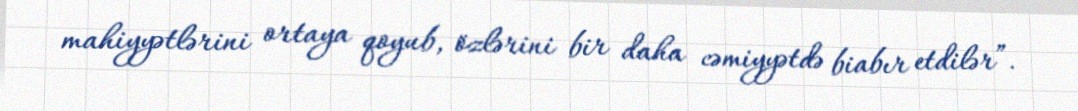
mahiyyətlərini ortaya qoyub, özlərini bir daha cəmiyyətdə biabır etdilər”.